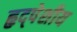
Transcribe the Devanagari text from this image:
हृद्पेशीय